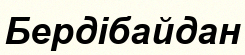
Бердібайдан